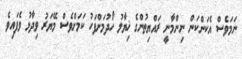
ނަމަވެސް އެކަންކަން ނިންމާނީ ރައްޔިތުންގެ ޚިޔާލު ހޯދުމަށްފަހު ކަމަށްވެސް މޭޔަރު ވިދާޅު ވެފައިވެ